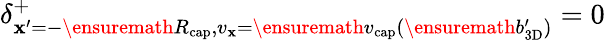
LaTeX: \delta_{\mathbf{x}^{\prime}=-\ensuremath{{R_{\mathrm{{cap}}}}},v_{\mathbf{x}}=\ensuremath{{v_{\mathrm{{cap}}}}}(\ensuremath{{b_{\mathrm{{3D}}}^{\prime}}})}^{+}=0